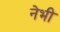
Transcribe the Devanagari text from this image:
नेभी